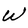
Character: W